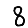
Digit: 8